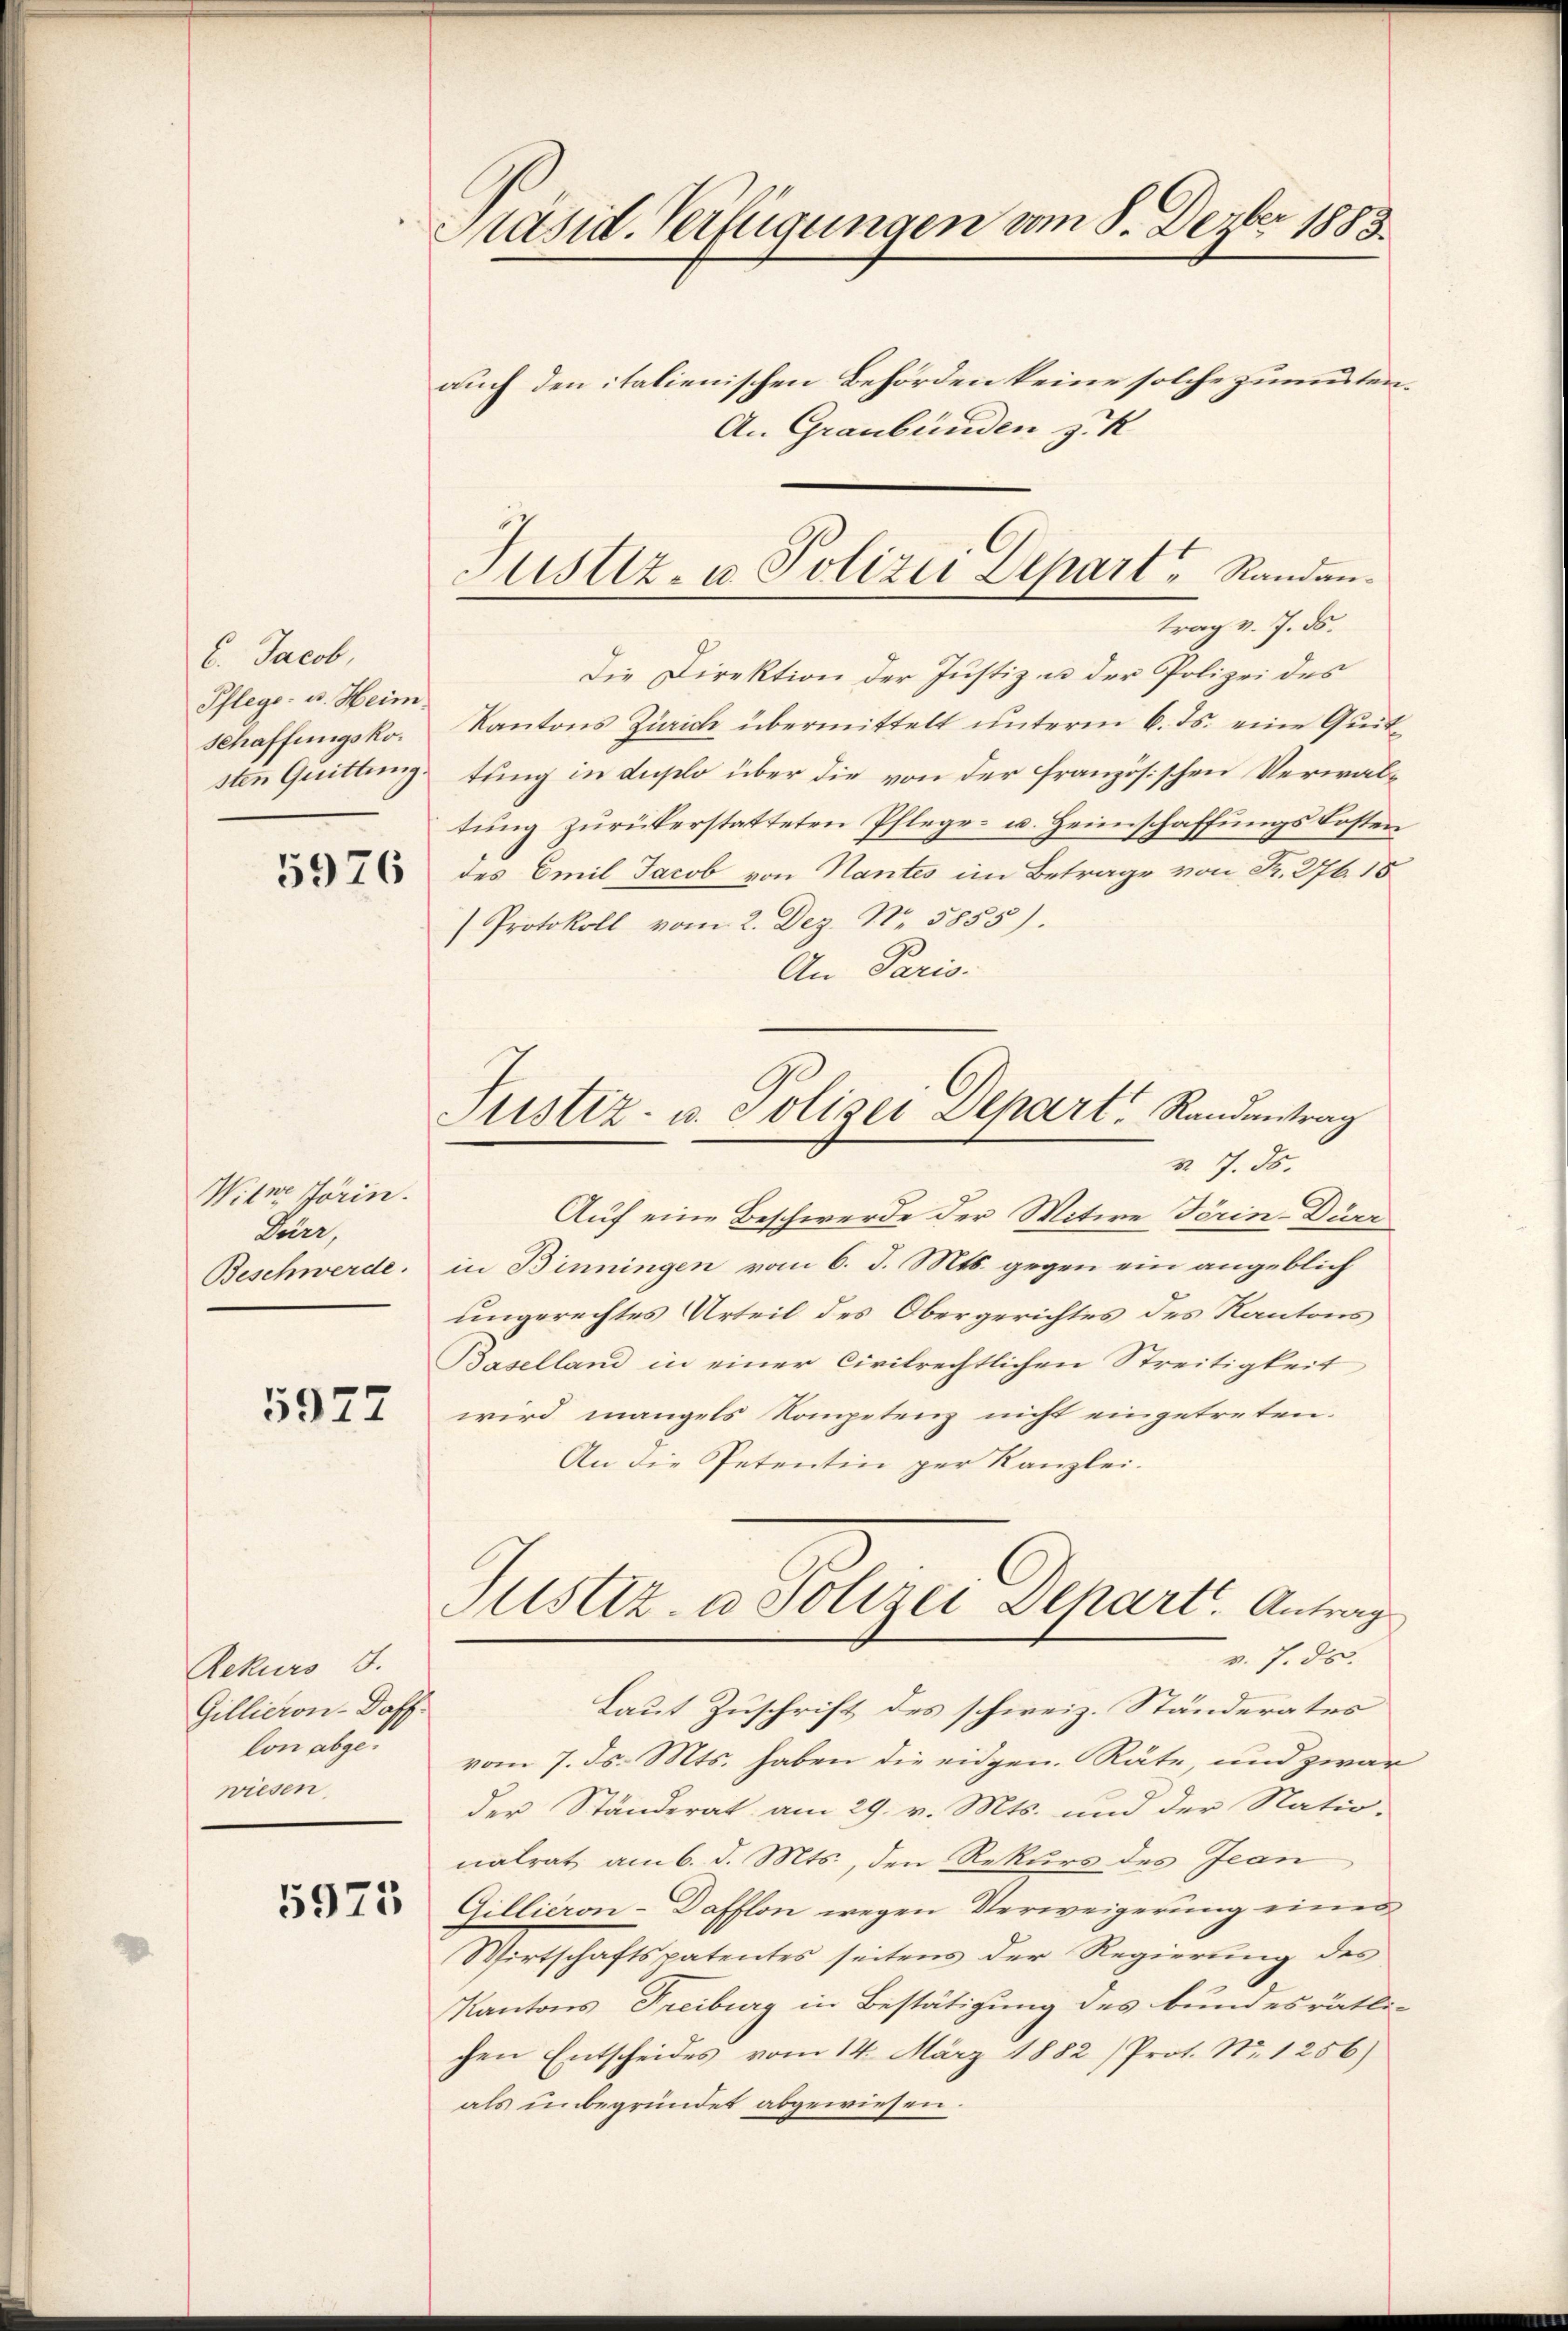
6. Jacob.
Pflege. B. Heim
Schaffungskosten Quittung

5976

Witwe Jörin.
Dürr,
Beschwerde.

5977

Rekurs J.
Gillieron-Doff.
lon abgewiesen.

5975

Präsid. Verfügungen vom 8. Dezbr 1883.
auch den italienischen Behörden keine solche zumuten.
An Graubünden z. K

Justiz- u. Polizei Depart Randantrag v. 7. ds.

Die Direktion der Justiz in der Polizei des
Kantons Zürich übermittelt unterm 6. ds. eine Quittung in duplo über die von der französischen Verwaltung zurükerstatteten Pflege- u. Heimschaffungskosten
des Emil Jacob von Nantes im Betrage von Fr. 276. 18
Protokoll vom 2. Dez. Nr. 5855).
An Paris.
Justiz- u. Polizei Depart. Randantrag
§. 7. ds.
Auf eine Beschwerde der Witwe Törin-Dür
in Binningen vom 6. J. Mts. gegen ein angeblich
ungerechtes Urteil des Obergerichtes des Kantons
Baselland in einer Civilrechtlichen Streitigkeit
wird mangels Kompetenz nicht eingetreten.
An die Petentin per Kanzlei-

Laut Zuschrift des schweiz. Ständerates
vom 7. ds. Mts. haben die eidgen. Räte, und zwar
der Ständerat am 29. v. Mts. und der Natio-
nalrat am 6. d. Mts., den Rekurs des Jean
Gillieron-Dafflon wegen Verweigerung einer
Wirtschaftspatentes seitens der Regierung des
Kantons Treiburg in Bestätigung des bundesrätli-
chen Entscheides vom 14. März 1882 /Prot. Nr. 1256)
als unbegründet abgewiesen.

Justiz- u Polizei Depart. Antrag
v. 7. ds.